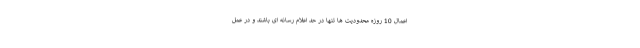
اعمال 10 روزه محدودیت ها تنها در حد اعلام رسانه ای باشند و در عمل